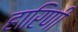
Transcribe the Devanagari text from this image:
हारिणी